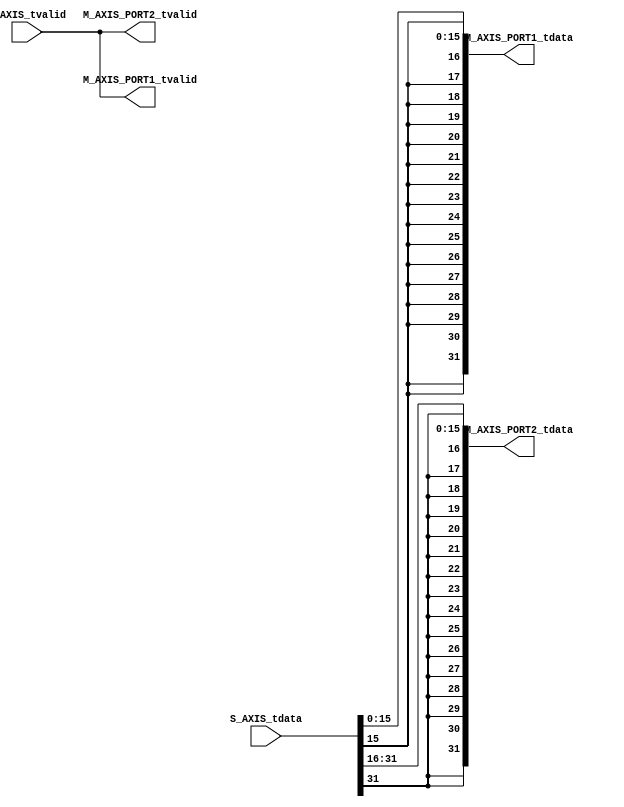
module signal_split # 
(
    parameter ADC_DATA_WIDTH = 16,
    parameter AXIS_TDATA_WIDTH = 32
)
(
    (* X_INTERFACE_PARAMETER = "FREQ_HZ 125000000" *)
    input [AXIS_TDATA_WIDTH-1:0]        S_AXIS_tdata,
    input                               S_AXIS_tvalid,
    (* X_INTERFACE_PARAMETER = "FREQ_HZ 125000000" *)
    output wire [AXIS_TDATA_WIDTH-1:0]  M_AXIS_PORT1_tdata,
    output wire                         M_AXIS_PORT1_tvalid,
    (* X_INTERFACE_PARAMETER = "FREQ_HZ 125000000" *)
    output wire [AXIS_TDATA_WIDTH-1:0]  M_AXIS_PORT2_tdata,
    output wire                         M_AXIS_PORT2_tvalid
);
        
    assign M_AXIS_PORT1_tdata = {{(AXIS_TDATA_WIDTH-ADC_DATA_WIDTH+1){S_AXIS_tdata[ADC_DATA_WIDTH-1]}},S_AXIS_tdata[ADC_DATA_WIDTH-1:0]};
    assign M_AXIS_PORT2_tdata = {{(AXIS_TDATA_WIDTH-ADC_DATA_WIDTH+1){S_AXIS_tdata[AXIS_TDATA_WIDTH-1]}},S_AXIS_tdata[AXIS_TDATA_WIDTH-1:ADC_DATA_WIDTH]};
    assign M_AXIS_PORT1_tvalid = S_AXIS_tvalid;
    assign M_AXIS_PORT2_tvalid = S_AXIS_tvalid;

endmodule